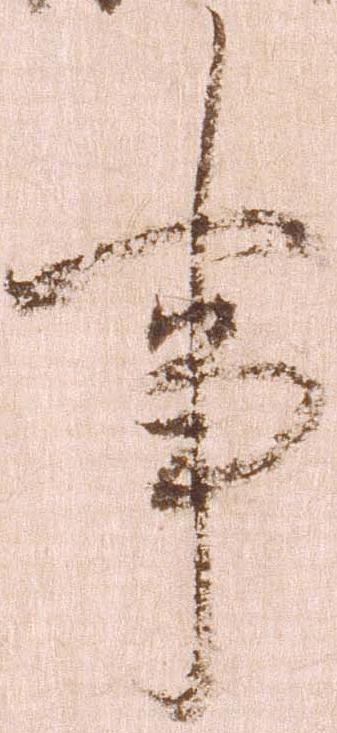
事